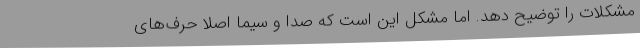
مشکلات را توضیح دهد. اما مشکل این است که صدا و سیما اصلاً حرف‌های